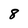
Character: 8